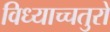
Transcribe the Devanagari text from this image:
विध्याच्चतुरो